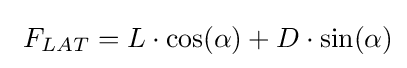
\ F_{LAT}=L\cdot \cos(\alpha )+D\cdot \sin(\alpha )